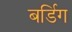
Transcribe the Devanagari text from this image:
बर्डिग